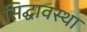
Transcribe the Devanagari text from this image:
सिद्घावस्था